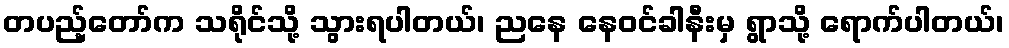
တပည့်တော်က သရိုင်သို့ သွားရပါတယ်၊ ညနေ နေဝင်ခါနီးမှ ရွာသို့ ရောက်ပါတယ်၊